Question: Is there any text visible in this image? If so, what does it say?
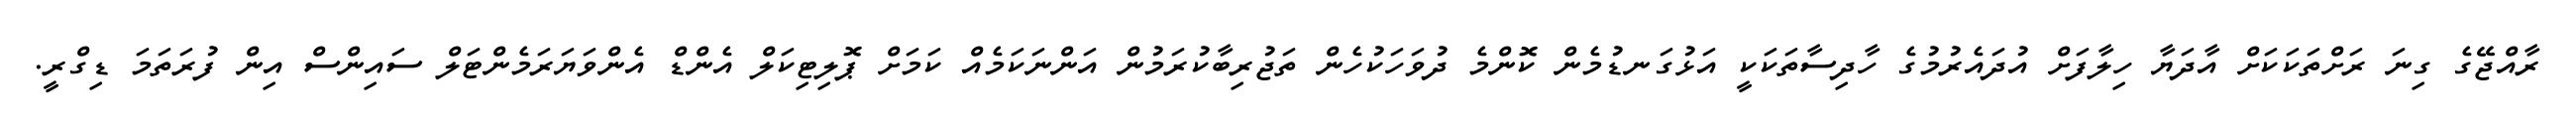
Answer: ރާއްޖޭގެ ގިނަ ރަށްތަކަކަށް އާދަޔާ ހިލާފަށް އުދައެރުމުގެ ހާދިސާތަކަކީ އަޅުގަނޑުމެން ކޮންމެ ދުވަހަކުހެން ތަޖުރިބާކުރަމުން އަންނަކަމެއް ކަމަށް ޕޮލިޓިކަލް އެންޑް އެންވަޔަރަމެންޓަލް ސައިންސް އިން ފުރަތަމަ ޑިގްރީ.